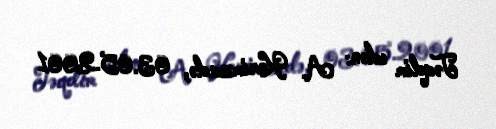
Təqdim edən: A. Kərimzadə, 03.05.2001